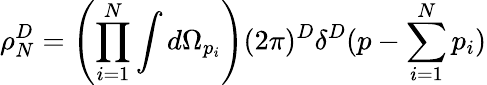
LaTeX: \rho_{N}^{D}=\left(\prod_{i=1}^{N}\int d\Omega_{p_{i}}\right)(2\pi)^{D}\delta^{D}(p-\sum_{i=1}^{N}p_{i})